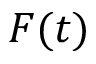
F ( t )